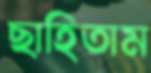
ছাহিতাম